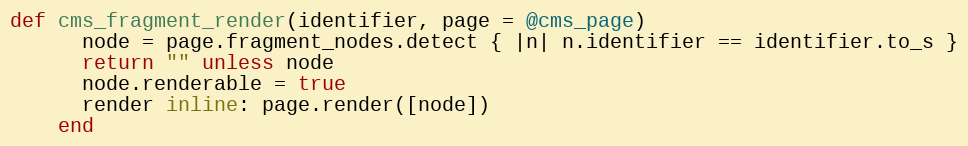
Language: Ruby
def cms_fragment_render(identifier, page = @cms_page)
      node = page.fragment_nodes.detect { |n| n.identifier == identifier.to_s }
      return "" unless node
      node.renderable = true
      render inline: page.render([node])
    end